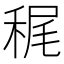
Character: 䅏